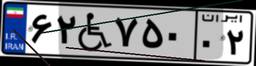
۶۲W۷۵۰۰۲